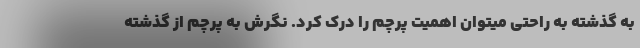
به گذشته به راحتی میتوان اهمیت پرچم را درک کرد. نگرش به پرچم از گذشته